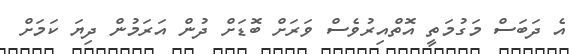
އެ ދަބަސް މަގުމަތީ އޮތްއިިރުވެސް ވަރަށް ބޮޑަށް ދުން އަރަމުން ދިޔަ ކަމަށް